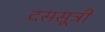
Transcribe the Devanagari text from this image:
दससूत्री